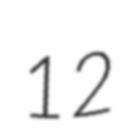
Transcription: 12